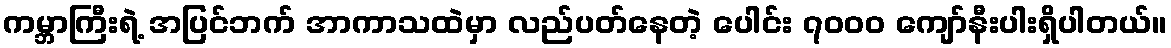
ကမ္ဘာကြီးရဲ့ အပြင်ဘက် အာကာသထဲမှာ လည်ပတ်နေတဲ့ ပေါင်း ၇၀၀၀ ကျော်နီးပါးရှိပါတယ်။